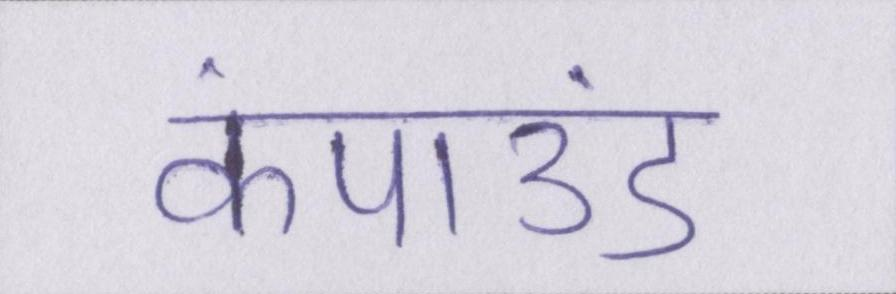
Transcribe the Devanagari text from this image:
कंपाउंड